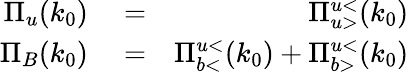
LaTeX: \begin{array}{rlr}{\Pi_{u}(k_{0})}&{{}=}&{\Pi_{u>}^{u<}(k_{0})}\\ {\Pi_{B}(k_{0})}&{{}=}&{\Pi_{b<}^{u<}(k_{0})+\Pi_{b>}^{u<}(k_{0})}\end{array}